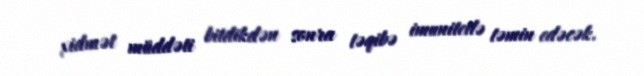
xidmət müddəti bitdikdən sonra təqibə imunitetlə təmin edəcək.